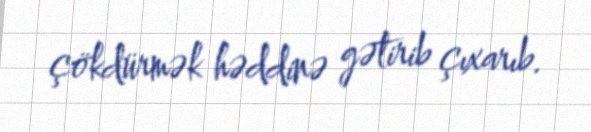
çökdürmək həddinə gətirib çıxarıb.